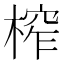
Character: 榨